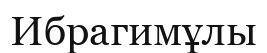
Ибрагимұлы